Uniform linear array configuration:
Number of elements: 8
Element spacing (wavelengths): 0.75
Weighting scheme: hann
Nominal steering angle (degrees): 0
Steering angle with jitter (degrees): -0.4689
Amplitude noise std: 0.05
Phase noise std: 0.05

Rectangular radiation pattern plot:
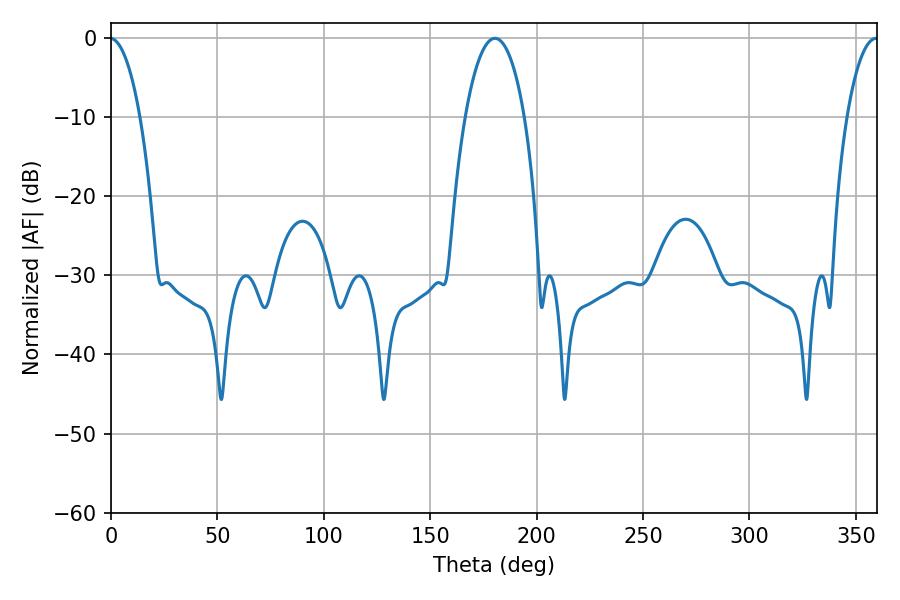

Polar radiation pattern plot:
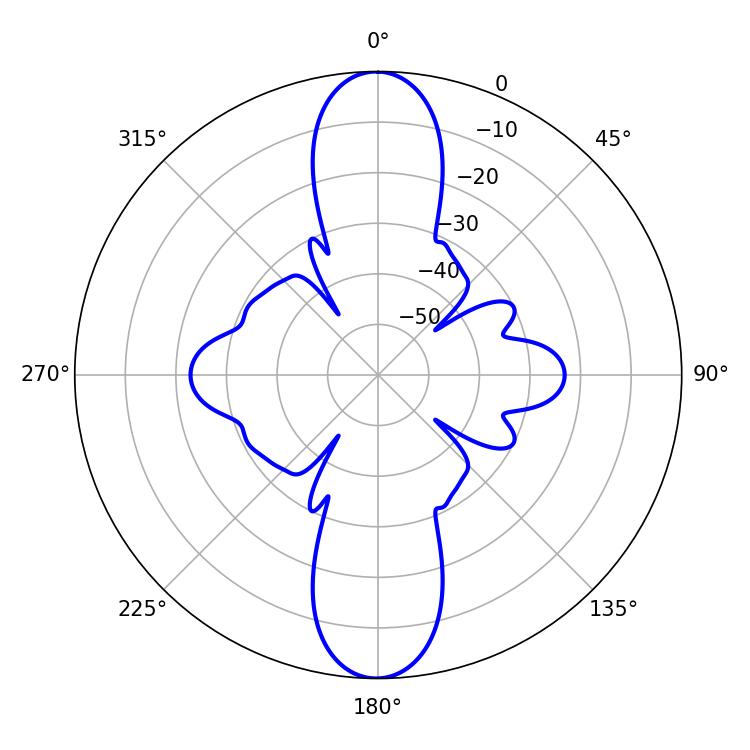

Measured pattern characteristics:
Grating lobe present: TRUE
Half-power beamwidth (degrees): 15.66
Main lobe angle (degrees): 180.36